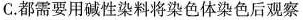
C.都需要用碱性染料将染色体染色后观察